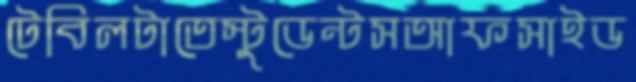
টেবিলটাতেস্টুডেন্টসআফসাইড